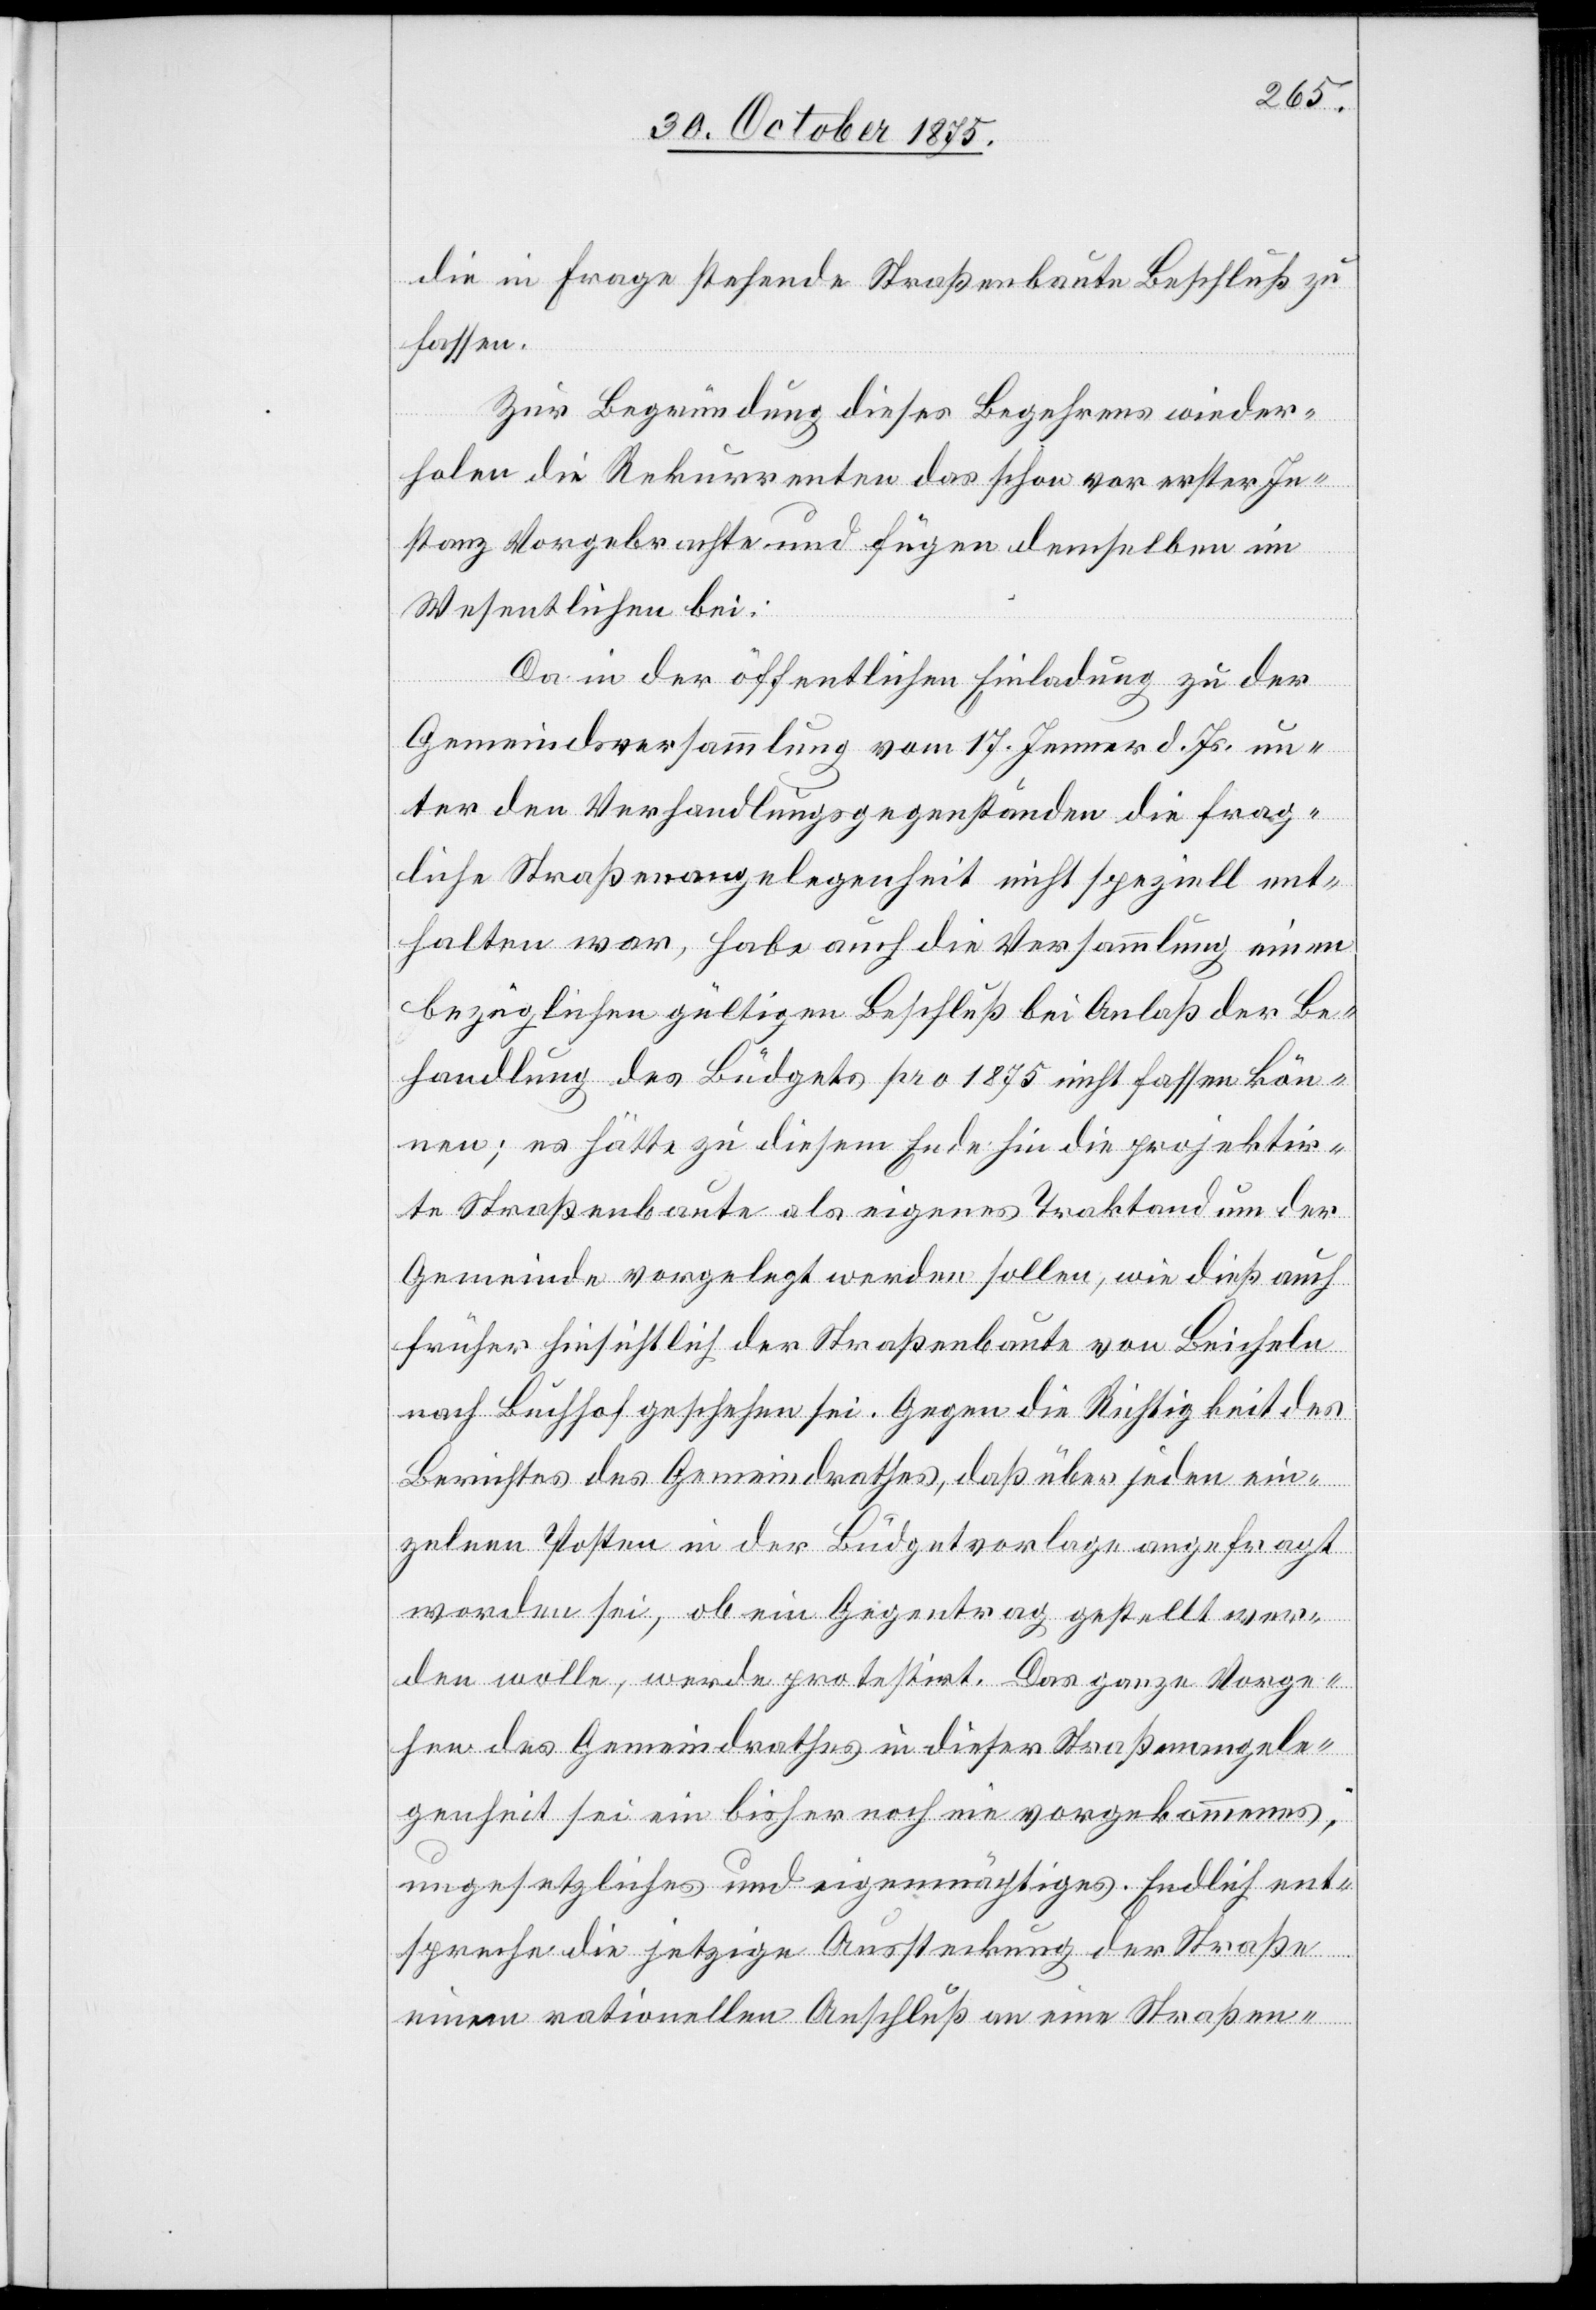
die in Frage stehende Straßenbaute Beschluß zu
fassen.
Zur Begründung dieses Begehrens wieder¬
holen die Rekurrenten das schon vor erster In¬
stanz Vorgebrachte und fügen demselben im
Wesentlichen bei:
Da in der öffentlichen Einladung zu der
Gemeindsversammlung vom 17. Jenner d. Js. un¬
ter den Verhandlungsgegenständen die frag¬
liche Straßenangelegenheit nicht speziell ent¬
halten war, habe auch die Versammlung einem
bezüglichen gültigen Beschluß bei Anlaß der Be¬
handlung des Büdgets pro 1875 nicht fassen kön¬
nen; es hätte zu diesem Ende hin die projektir¬
te Straßenbaute als eigenes Traktandum der
Gemeinde vorgelegt werden sollen, wie dieß auch
früher hinsichtlich der Straßenbaute von Beicheln
nach Buchhof geschehen sei. Gegen die Richtigkeit des
Berichtes des Gemeindrathes, daß über jeden ein¬
zelnen Posten in der Büdgetvorlage angefragt
worden sei, ob ein Gegen[an]trag gestellt wer¬
den wolle, werde protestirt. Das ganze Vorge¬
hen des Gemeindrathes in dieser Straßenangele¬
genheit sei ein bisher noch nie vorgekommenes,
ungesetzliches und eigenmächtiges. Endlich ent¬
spreche die jetzige Aussteckung der Straße
einem rationellen Anschluß an eine Straßen-